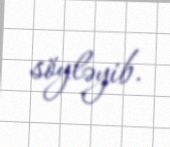
söyləyib.